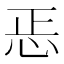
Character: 𢘫